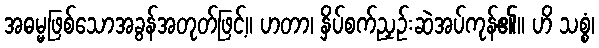
အဓမ္မဖြစ်သောအခွန်အတုတ်ဖြင့်။ ဟတာ၊ နှိပ်စက်ညှဉ်းဆဲအပ်ကုန်၏။ ဟိ သစ္စံ၊